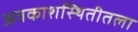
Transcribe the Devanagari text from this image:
अवकाशस्थितीतला